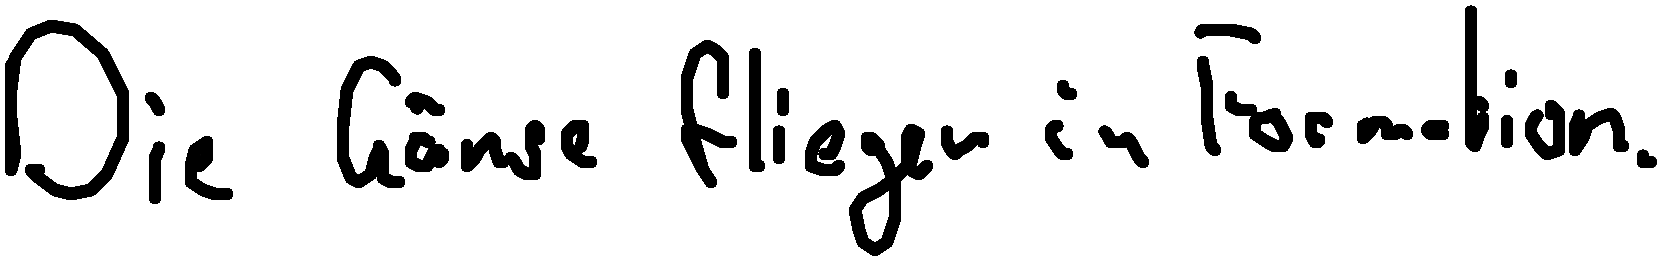
Die Gänse fliegen in Formation.